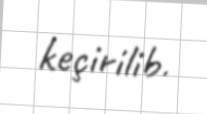
keçirilib.